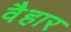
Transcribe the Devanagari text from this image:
वैहार